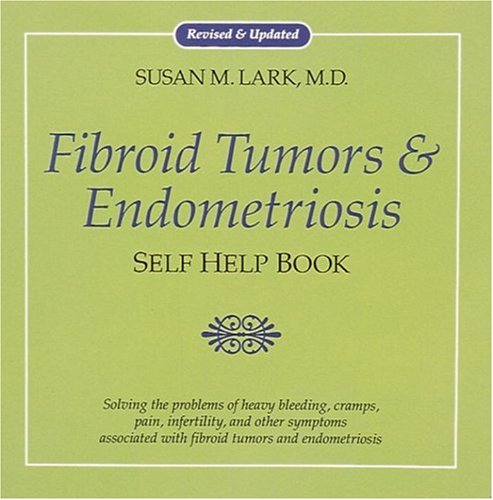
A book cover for Fibroid Tumors and Endometriosis; Susan M. Lark; Health, Fitness & Dieting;